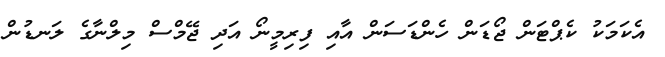
އެކަމަކު ކެޕްޓަން ޖޯޑަން ހެންޑަސަން އާއި ފިރިމީނޯ އަދި ޖޭމްސް މިލްނާގެ ލަނޑުން